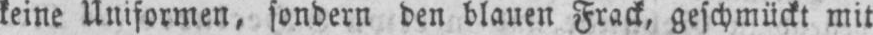
keine Uniformen, sondern den blauen Frack, geschmückt mit